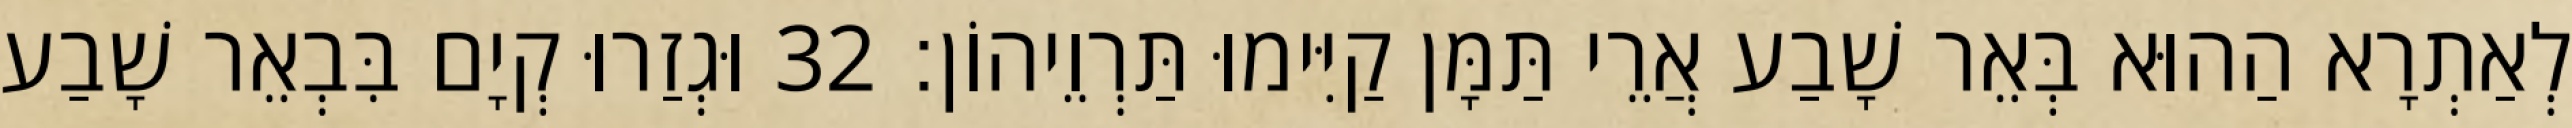
לְאַתְרָא הַהוּא בְּאֵר שָׁבַע אֲרֵי תַּמָּן קַיִּימוּ תַּרְוֵיהוֹן׃ 32 וּגְזַרוּ קְיָם בִּבְאֵר שָׁבַע